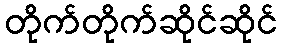
တိုက်တိုက်ဆိုင်ဆိုင်